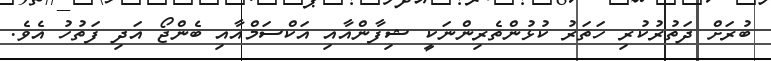
ބުރަށް ދަތުރުކުރި ހަތަރު ކުޅުންތެރިންނަކީ ޝިފާންއާއި އަކްސަމްއާއި ބެންޖޯ އަދި ފަތުހު އެވެ.